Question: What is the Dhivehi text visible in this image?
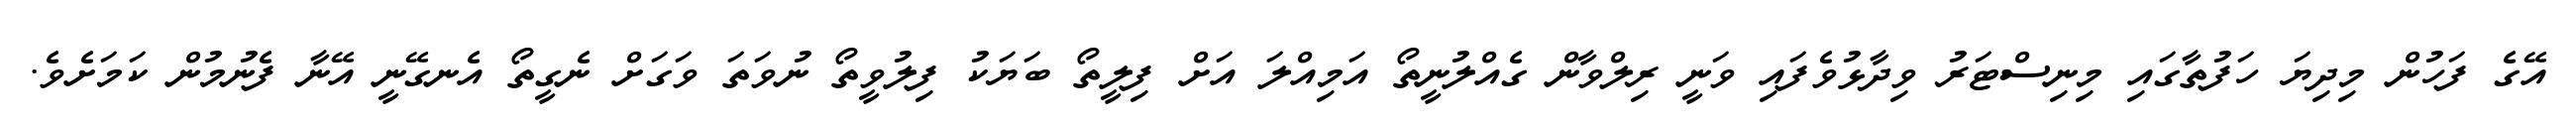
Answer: އޭގެ ފަހުން މިދިޔަ ހަފުތާގައި މިނިސްޓަރު ވިދާޅުވެފައި ވަނީ ރިލްވާން ގެއްލުނީތޯ އަމިއްލަ އަށް ފިލީތޯ ބަޔަކު ފިލުވީތޯ ނުވަތަ ވަގަށް ނެގީތޯ އެނގޭނީ އޭނާ ފެނުމުން ކަމަށެވެ.